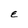
Character: E